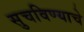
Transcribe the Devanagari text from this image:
सुचविण्याचे